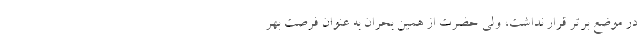
در موضع برتر قرار نداشت، ولی حضرت از همین بحران به عنوان فرصت بهر